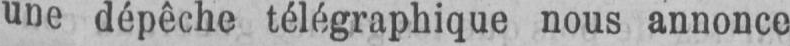
une dépêche télégraphique nous annonce